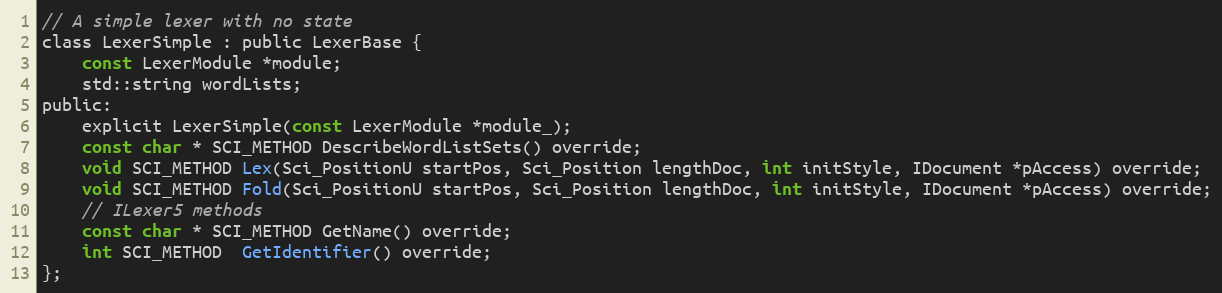
Language: C
// A simple lexer with no state
class LexerSimple : public LexerBase {
	const LexerModule *module;
	std::string wordLists;
public:
	explicit LexerSimple(const LexerModule *module_);
	const char * SCI_METHOD DescribeWordListSets() override;
	void SCI_METHOD Lex(Sci_PositionU startPos, Sci_Position lengthDoc, int initStyle, IDocument *pAccess) override;
	void SCI_METHOD Fold(Sci_PositionU startPos, Sci_Position lengthDoc, int initStyle, IDocument *pAccess) override;
	// ILexer5 methods
	const char * SCI_METHOD GetName() override;
	int SCI_METHOD  GetIdentifier() override;
};